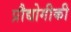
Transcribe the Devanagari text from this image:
प्रौद्योगीकी